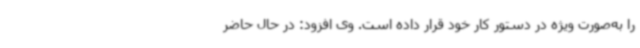
را به‌صورت ویژه در دستور کار خود قرار داده است. وی افزود: در حال حاضر